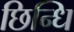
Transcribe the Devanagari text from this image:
छिन्धि